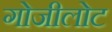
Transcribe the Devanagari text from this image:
गोजीलोट